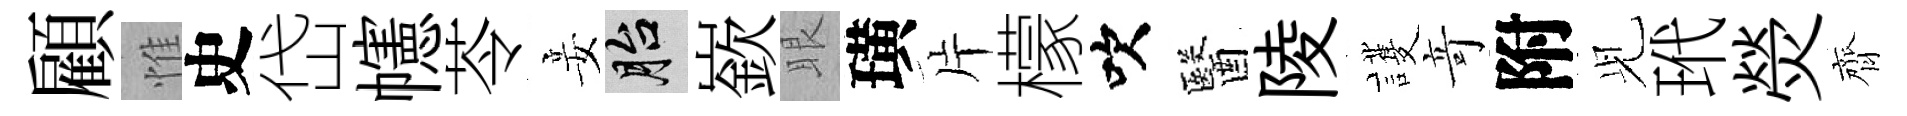
顧惟史岱幰苓妾胎嶔眼璜片檬吹醫陵護竒附𫤗玳熒齊